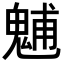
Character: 𩳐